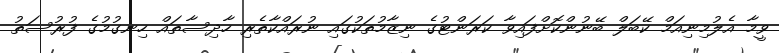
ވީމާ އެލުމިނިއަމް ކޭބަލް ބޭނުންކޮށްފައިވާ ކަރަންޓުގެ ނިޒާމުތަކުގައި ނުރައްކާތެރި ހާދިސާތައް ހިނގުމުގެ ފުރުސަތު